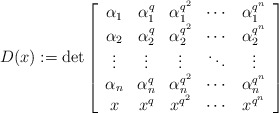
\begin{align*}D(x):=\det \left[ \begin{array}{ccccc} \alpha_1&\alpha_1^q&\alpha_1^{q^2}&\cdots&\alpha_1^{q^{n}}\\ \alpha_2&\alpha_2^q&\alpha_2^{q^2}&\cdots&\alpha_2^{q^{n}}\\ \vdots&\vdots&\vdots&\ddots&\vdots\\ \alpha_n&\alpha_n^q&\alpha_n^{q^2}&\cdots&\alpha_n^{q^{n}}\\ x&x^q&x^{q^2}&\cdots&x^{q^{n}}\\ \end{array} \right]\end{align*}